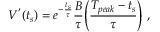
V ^ { ' } ( t _ { s } ) = e ^ { - \frac { t _ { s } } { \tau } } \frac { B } { \tau } \Bigg ( \frac { T _ { p e a k } - t _ { s } } { \tau } \Bigg ) ~ ,